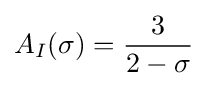
A_{I}(\sigma )={\frac {3}{2-\sigma }}